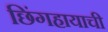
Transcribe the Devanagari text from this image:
छिंगहायाची